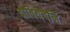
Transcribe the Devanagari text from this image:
वोवियेचेनि